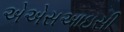
એએસઆઇસી